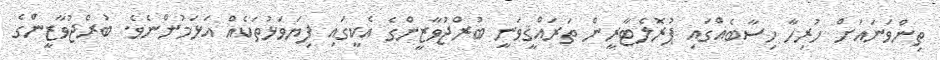
ތިންވަނައަަށް ހުރިހާ ހިސާބެއްގައި ޕުރޮލެޓާރީން ތަރައްޤީވަނީ ބުރްޖުވާޒީންގެ އެކީގައި ފިޔަވަޅުތަކެއް އަޅަމުންނެވެ. ބުރްޖުވާޒީންގެ